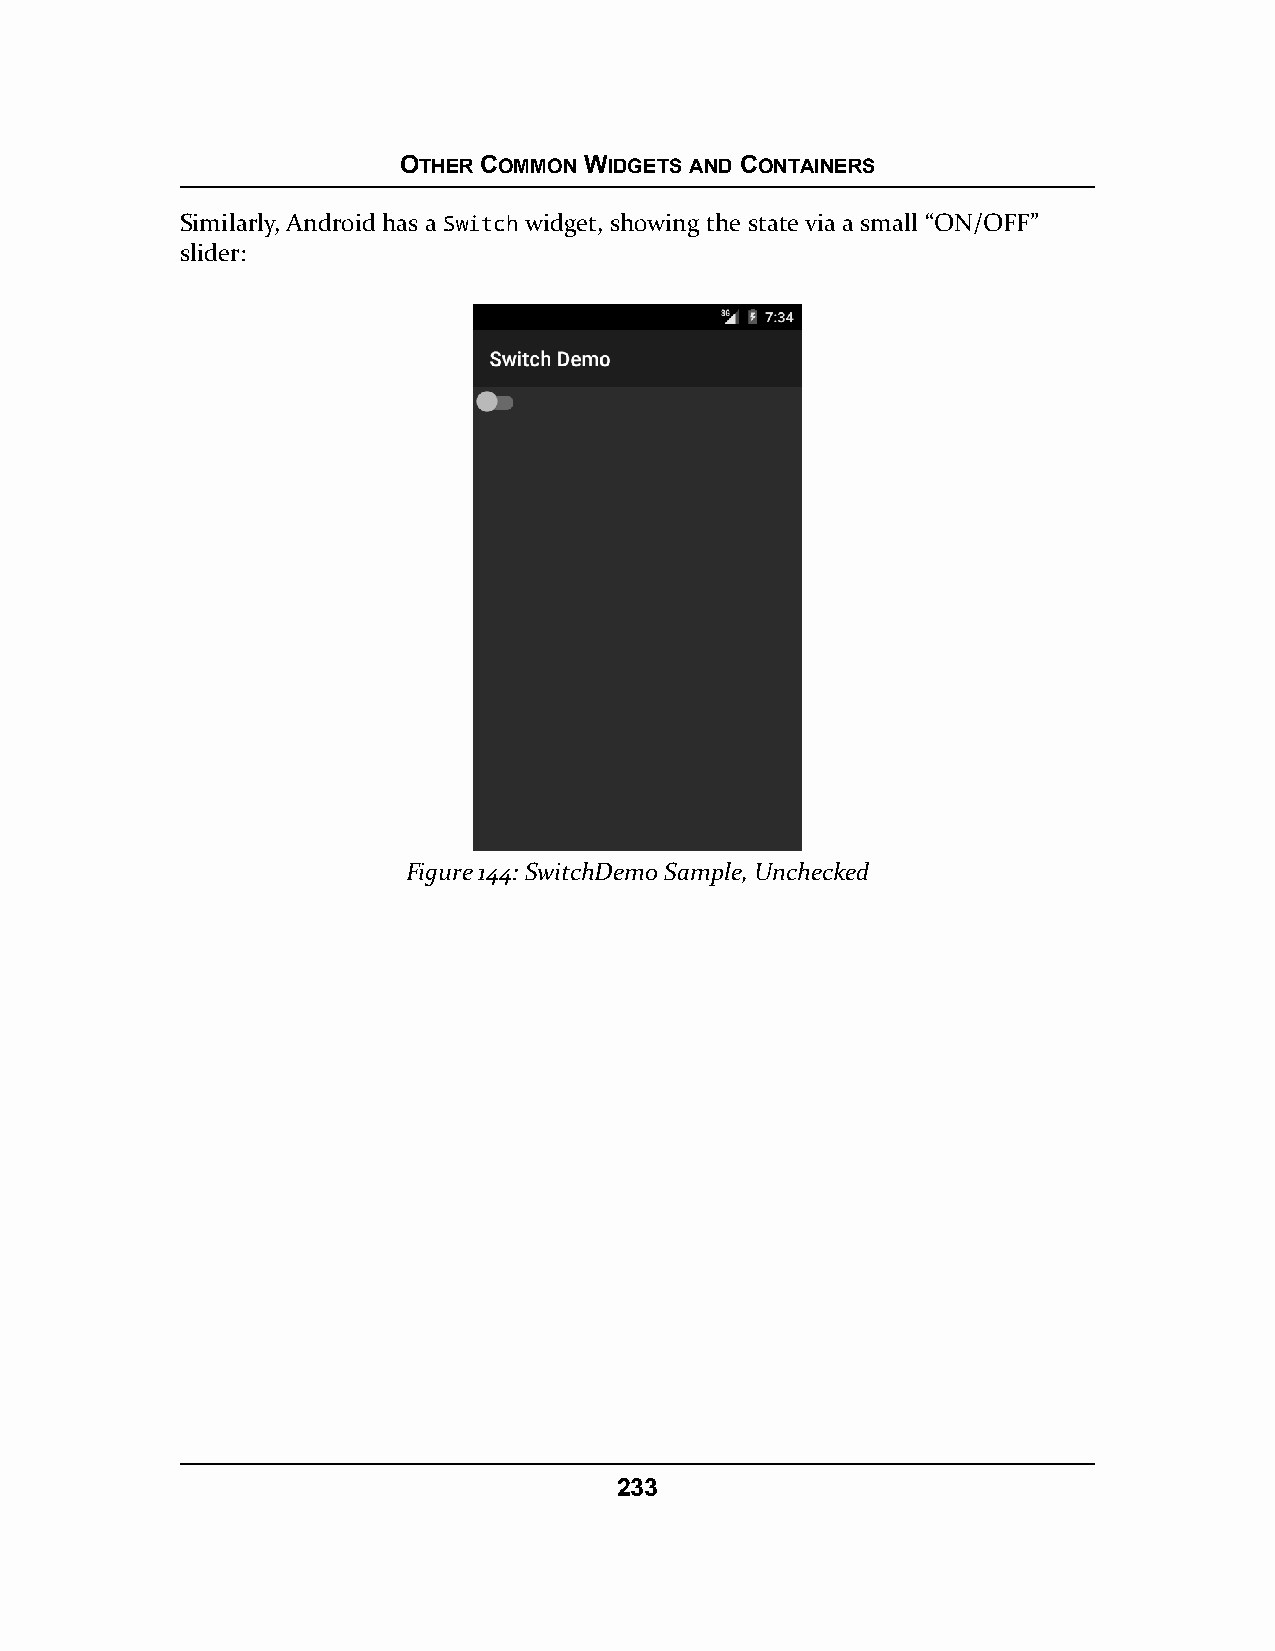
OTHER COMMON WIDGETS AND CONTAINERS
 Similarly, Android has a Switch widget, showing the state via a small “ON/OFF”
 slider:
 Figure 144: SwitchDemo Sample, Unchecked
 233